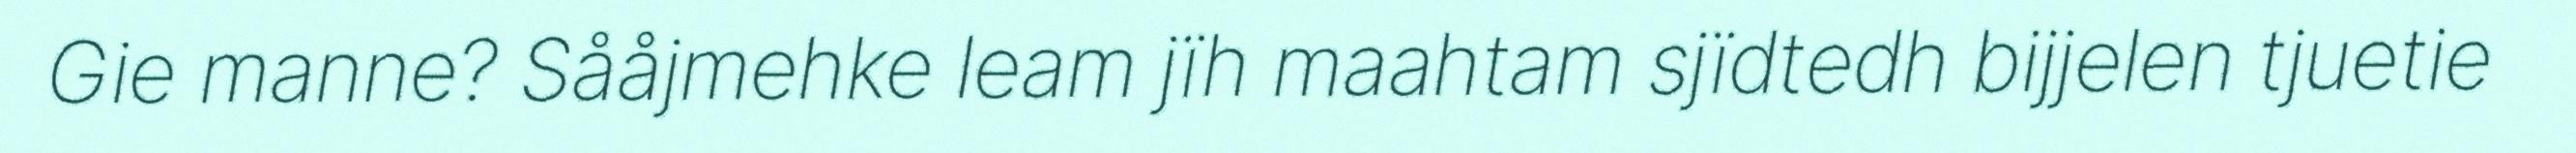
Gie manne? Sååjmehke leam jïh maahtam sjïdtedh bijjelen tjuetie